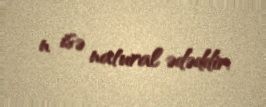
n isə natural ədəddir.